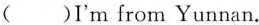
( )I'm from Yunnan.